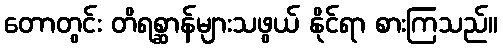
တောတွင်း တိရစ္ဆာန်များသဖွယ် နိုင်ရာ စားကြသည်။